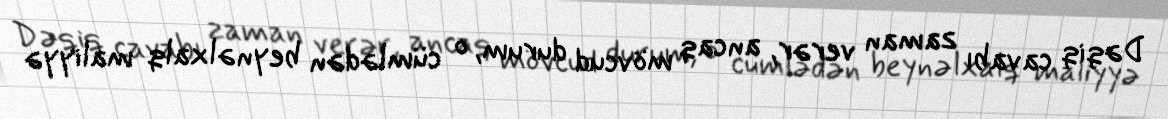
Dəqiq cavabı zaman verər, ancaq mövcud durum, o cümlədən beynəlxalq maliyyə